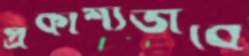
প্রকাশ্যভাবে